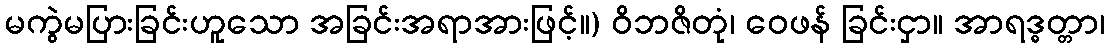
မကွဲမပြားခြင်းဟူသော အခြင်းအရာအားဖြင့်။) ဝိဘဇိတုံ၊ ဝေဖန် ခြင်းငှာ။ အာရဒ္ဓတ္တာ၊